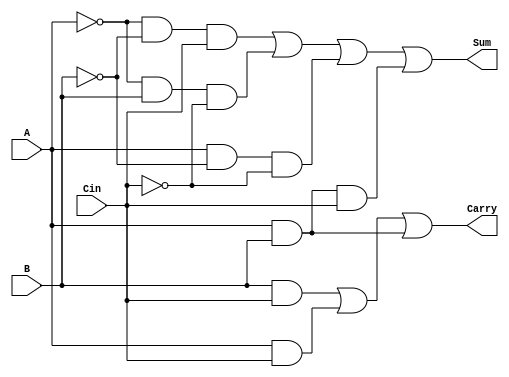
`timescale 1ns / 1ps

module full_adder(
    input A, B, Cin,
    output reg Sum, Carry
    );
    
    always @* begin
    Sum = (!A & !B & Cin) | (!A & B & !Cin) | (A & !B & !Cin) | (A & B & Cin);
    Carry = (B & Cin) | (A & Cin) | (A & B);
    end
endmodule